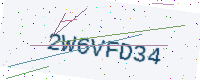
Text: 2W6VFD34